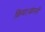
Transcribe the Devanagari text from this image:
किया।कंपनी